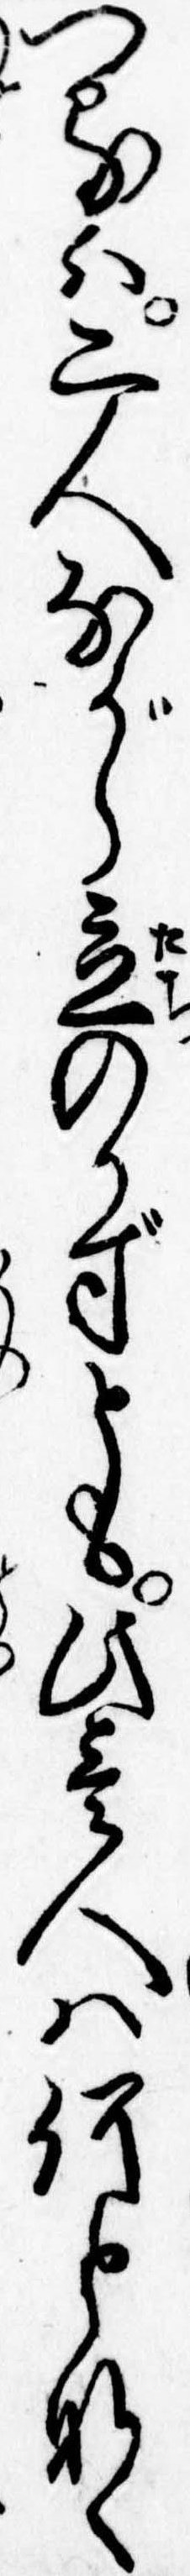
へるは二人ながら立のかずとも此壱人は何となく